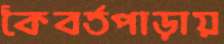
কৈবর্তপাড়ায়